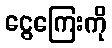
ငွေကြေးကို